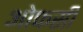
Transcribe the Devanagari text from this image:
ओफसी